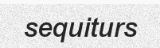
sequiturs